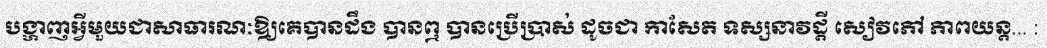
បង្ហាញអ្វីមួយជាសាធារណៈឱ្យគេបានដឹង បានឮ បានប្រើប្រាស់ ដូចជា កាសែត ទស្សនាវដ្តី សៀវភៅ ភាពយន្ត... :